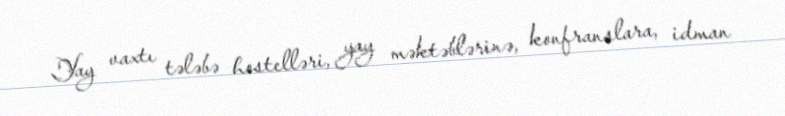
Yay vaxtı tələbə hostelləri, yay məktəblərinə, konfranslara, idman